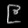
Digit: ၉